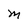
Character: M